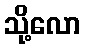
သို့လော